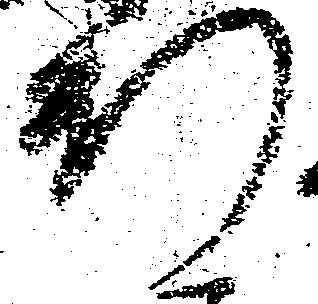
新